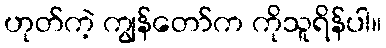
ဟုတ်ကဲ့ ကျွန်တော်က ကိုသူရိန်ပါ။